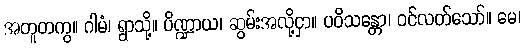
အတူတကွ။ ဂါမံ၊ ရွာသို့။ ပိဏ္ဍာယ၊ ဆွမ်းအလို့ငှာ။ ပဝိသန္တော၊ ဝင်လတ်သော်။ မေ၊